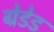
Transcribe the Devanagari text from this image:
ग्रेडेड